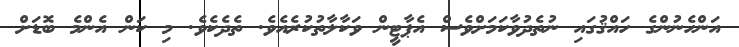
އަންހެނުންގެ ހައްޤުގައި ނުތެދުވާކަމަށްވެސް އެޕާޓީން ވަކާލާތުކުރެއެވެ. ތެދެކެވެ. މި ކަން އެންމެ ބޮޑަށް